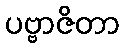
ပဗ္ဗာဇိတာ